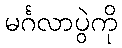
မင်္ဂလာပွဲကို